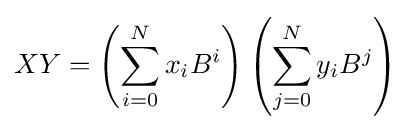
XY=\left(\sum _{i=0}^{N}{x_{i}B^{i}}\right)\left(\sum _{j=0}^{N}{y_{i}B^{j}}\right)